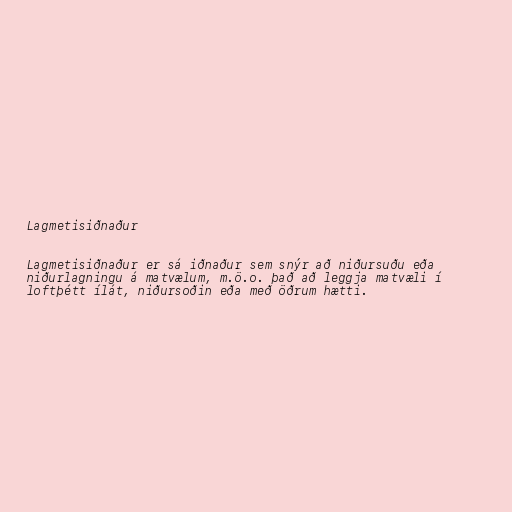
Lagmetisiðnaður

Lagmetisiðnaður er sá iðnaður sem snýr að niðursuðu eða
niðurlagningu á matvælum, m.ö.o. það að leggja matvæli í
loftþétt ílát, niðursoðin eða með öðrum hætti.